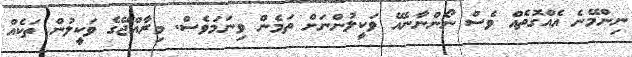
ނިންމޭނެ އެއްގޮތެއް ވެސް ނޯންނާނެއޭ ވަކީލުންނަށް ތަމެން ވިނަމަވެސް. މިރާއްޖޭގެ ވަކީލުން ތަކެއް